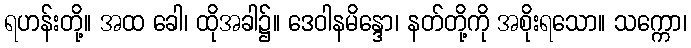
ရဟန်းတို့။ အထ ခေါ၊ ထိုအခါ၌။ ဒေဝါနမိန္ဒော၊ နတ်တို့ကို အစိုးရသော။ သက္ကော၊